Civil Veterinary Department Bihar reports 1936-40 - 1936-1940
Year: 1936
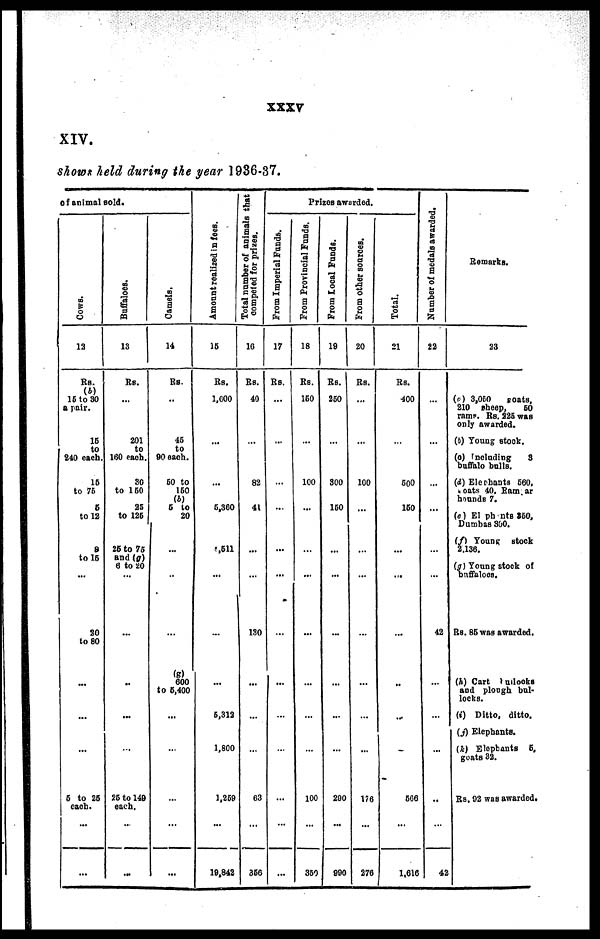
XXXV
XIV.
shows held during the year 1936-37.
of animal sold.
Cows.
12
Rs.
(b)
15 to 30
a pair.
16
to
240 each.
15
to 76
6
to 12
8
to 15
…
20
to 80
…
...
…
5 to 25
each.
…
…
Buffaloes.
13
Rs.
…
201
to
160 each.
30
to 160
25
to 126
26 to 75
and (g)
6 to 20
…
…
…
...
...
25 to 149
each.
…
…
Camels.
14
Rs.
…
45
to
90 each.
60 to
160
(b)
5 to
20
...
…
…
(g)
600
to 5,400
...
…
…
…
...
Amo u n t r e a l i z e d in fees.
15
Rs.
1,600
…
…
6,360
4,611
…
…
…
5,312
1,800
1,269
...
19,842
Total number of animals that
competed for prizes.
16
Rs.
40
…
82
41
...
...
130
…
…
…
63
…
356
Prizes awarded.
From Imperial Funds.
17
Rs.
...
…
…
…
...
…
…
…
…
…
…
…
…
From Provincial Funds.
18
Rs.
160
…
100
...
…
…
…
…
…
…
100
…
360
From Local Funds.
19
Rs.
250
…
800
160
...
…
…
…
…
…
200
...
990
From other sources.
20
Rs.
…
…
100
…
…
…
…
…
…
…
176
…
276
Total.
21
Rs.
400
…
600
160
…
…
…
…
...
…
566
…
1.616
Number of medals awarded.
22
…
…
…
…
…
…
42
…
…
…
…
…
42
Remarks.
23
(a) 3,050
goats,
210 sheep,
50
rams. Rs. 225 was
only awarded.
(b) Young stock.
(c) Including 3
buffalo bulls.
(d) Elephants 660,
goats 40, Ram ar
hounds 7.
(e) Elephants 350,
Dumbas 300.
(f) Young stock
2.136.
(g) Young stock of
buffaloes.
Rs. 86 was awarded.
(h) Cart bullocks
and plough bul-
locks.
(i) Ditto, ditto.
(j) Elephants.
(k) Elephants 5,
goats 32.
Rs. 02 was awarded.